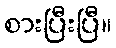
စားပြီးပြီ။